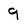
Character: 9